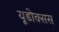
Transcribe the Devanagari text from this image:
यूडोक्सस